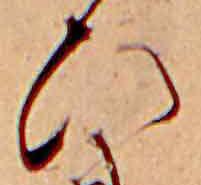
ひ